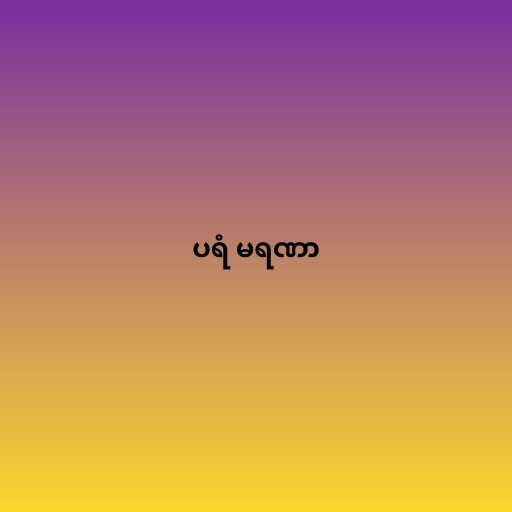
ပရံ မရဏာ